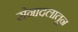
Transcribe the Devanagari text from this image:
सेनादलातून